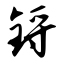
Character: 锊